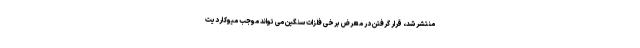
منتشر شد، قرار گرفتن در معرض برخی فلزات سنگین می تواند موجب میوکاردیت